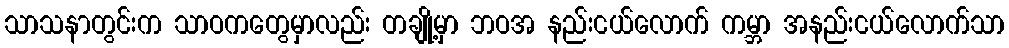
သာသနာတွင်းက သာဝကတွေမှာလည်း တချို့မှာ ဘဝအ နည်းငယ်လောက် ကမ္ဘာ အနည်းငယ်လောက်သာ